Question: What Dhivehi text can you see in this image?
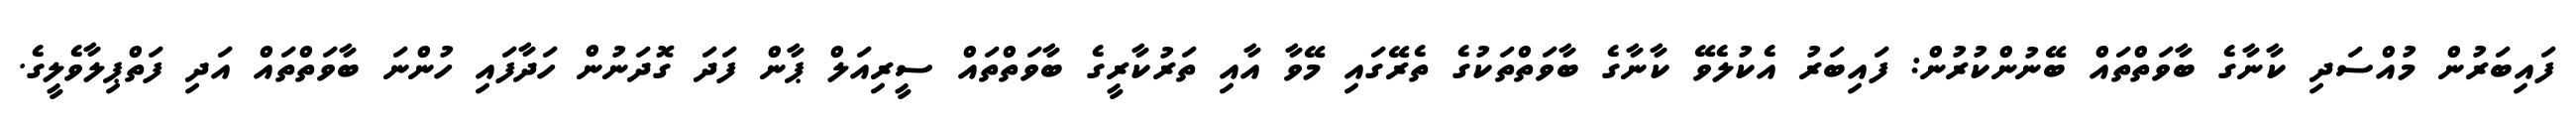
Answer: ފައިބަރުން މުއްސަދި ކާނާގެ ބާވަތްތައް ބޭނުންކުރުން: ފައިބަރު އެކުލެވޭ ކާނާގެ ބާވަތްތަކުގެ ތެރޭގައި މޭވާ އާއި ތަރުކާރީގެ ބާވަތްތައް ސީރިއަލް ޕާން ފަދަ ގޮދަނުން ހަދާފައި ހުންނަ ބާވަތްތައް އަދި ފަތްޕިލާވެލީގެ.